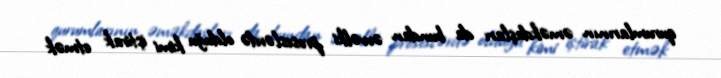
qurumlarının əməkdaşları da bundan əvvəlki proseslərdə olduğu kimi iştirak etmək